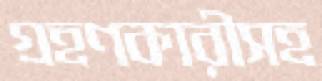
গ্রহণকারীসহ